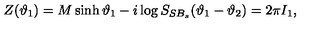
Z ( \vartheta _ { 1 } ) = M \sinh \vartheta _ { 1 } - i \log S _ { S B _ { s } } ( \vartheta _ { 1 } - \vartheta _ { 2 } ) = 2 \pi I _ { 1 } ,